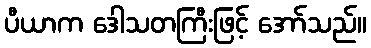
ပီယာက ဒေါသတကြီးဖြင့် အော်သည်။